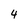
Character: 4